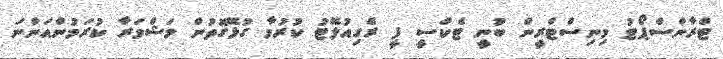
ޓްރާންސްޕޯޓު މިނިސްޓްރީން ބުނީ ޓެކްސީ ފީ ރެގިއުލޭޓު ކުރުމާ ގުޅޭގޮތުން މަޝްވަރާ ކުރަމުންއަންނަ